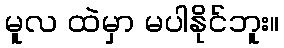
မူလ ထဲမှာ မပါနိုင်ဘူး။